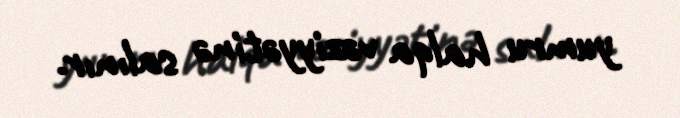
yumru halqa vəziyyətinə salınır.